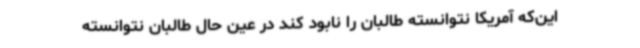
این‌که آمریکا نتوانسته طالبان را نابود کند در عین حال طالبان نتوانسته